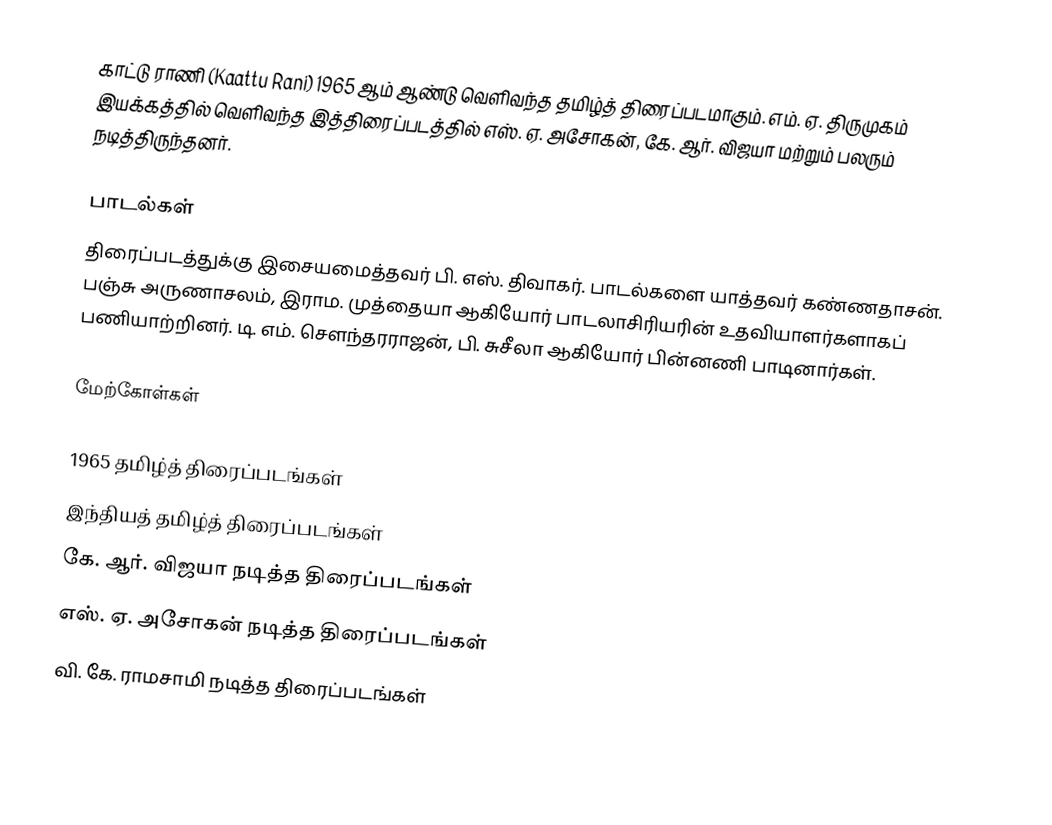
காட்டு ராணி (Kaattu Rani) 1965 ஆம் ஆண்டு வெளிவந்த தமிழ்த் திரைப்படமாகும். எம். ஏ. திருமுகம் இயக்கத்தில் வெளிவந்த இத்திரைப்படத்தில் எஸ். ஏ. அசோகன், கே. ஆர். விஜயா மற்றும் பலரும் நடித்திருந்தனர்.

பாடல்கள்
திரைப்படத்துக்கு இசையமைத்தவர் பி. எஸ். திவாகர். பாடல்களை யாத்தவர் கண்ணதாசன். பஞ்சு அருணாசலம், இராம. முத்தையா ஆகியோர் பாடலாசிரியரின் உதவியாளர்களாகப் பணியாற்றினர். டி. எம். சௌந்தரராஜன், பி. சுசீலா ஆகியோர் பின்னணி பாடினார்கள்.

மேற்கோள்கள்

1965 தமிழ்த் திரைப்படங்கள்
இந்தியத் தமிழ்த் திரைப்படங்கள்
கே. ஆர். விஜயா நடித்த திரைப்படங்கள்
எஸ். ஏ. அசோகன் நடித்த திரைப்படங்கள்
வி. கே. ராமசாமி நடித்த திரைப்படங்கள்